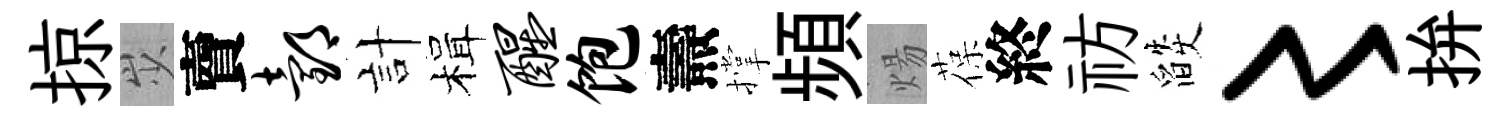
掠𡵯𧶠邰計楫醒饱燾撑頻煬葆終祊燄〻拚